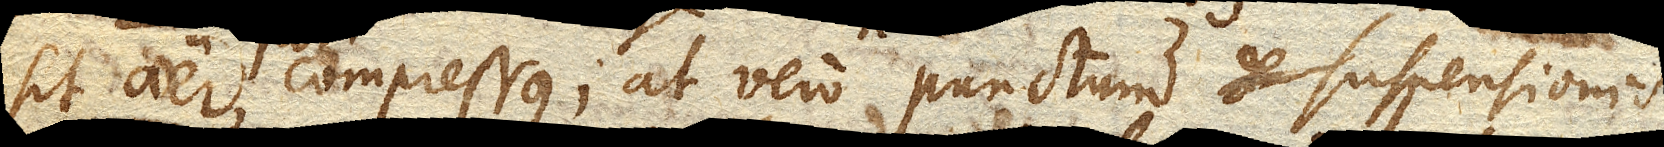
sit aer compressus, at vero punctum suspensionis